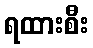
ရထားစီး